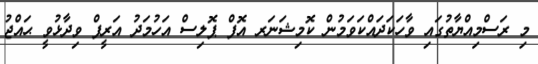
މި ރަސްމިއްޔާތުގައި ވާހަކަދައްކަވަމުން ކޮމިޝަނަރ އޮފް ޕޮލިސް އަހުމަދު އަރީފް ވިދާޅުވީ ޙައްޖު